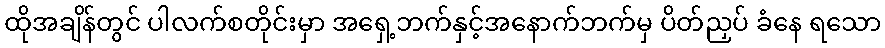
ထိုအချိန်တွင် ပါလက်စတိုင်းမှာ အရှေ့ဘက်နှင့်အနောက်ဘက်မှ ပိတ်ညှပ် ခံနေ ရသော